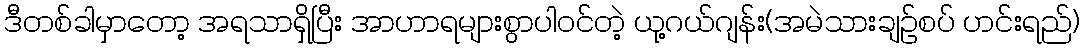
ဒီတစ်ခါမှာတော့ အရသာရှိပြီး အာဟာရများစွာပါဝင်တဲ့ ယု့ဂယ်ဂျန်း(အမဲသားချဉ်စပ် ဟင်းရည်)